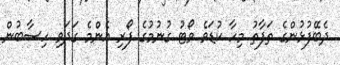
ދެބޭފުޅުންގެ ތަފާތު މިހާ ކުޑަވެ ވޯޓު ގުނުމުގެ ފޯރި އެންމެ ގަދަވި ހިސާބުން